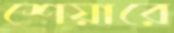
শেয়ারে